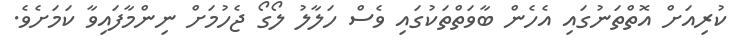
ކުރިއަށް އޮތްތަނުގައި އެހެން ބާވަތްތަކުގައި ވެސް ހަލާލު ލޯގޯ ޖެހުމަށް ނިންމާފައިވާ ކަމަށެވެ.